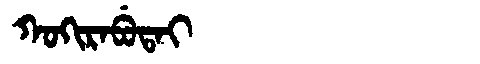
Manchu: ᡴᠣᡴᡳᡵᠠᠪᡠᡨᠠᡳ
Romanization: KOKIRABUTAI